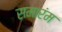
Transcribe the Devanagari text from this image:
समारंम